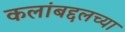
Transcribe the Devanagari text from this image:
कलांबद्दलच्या